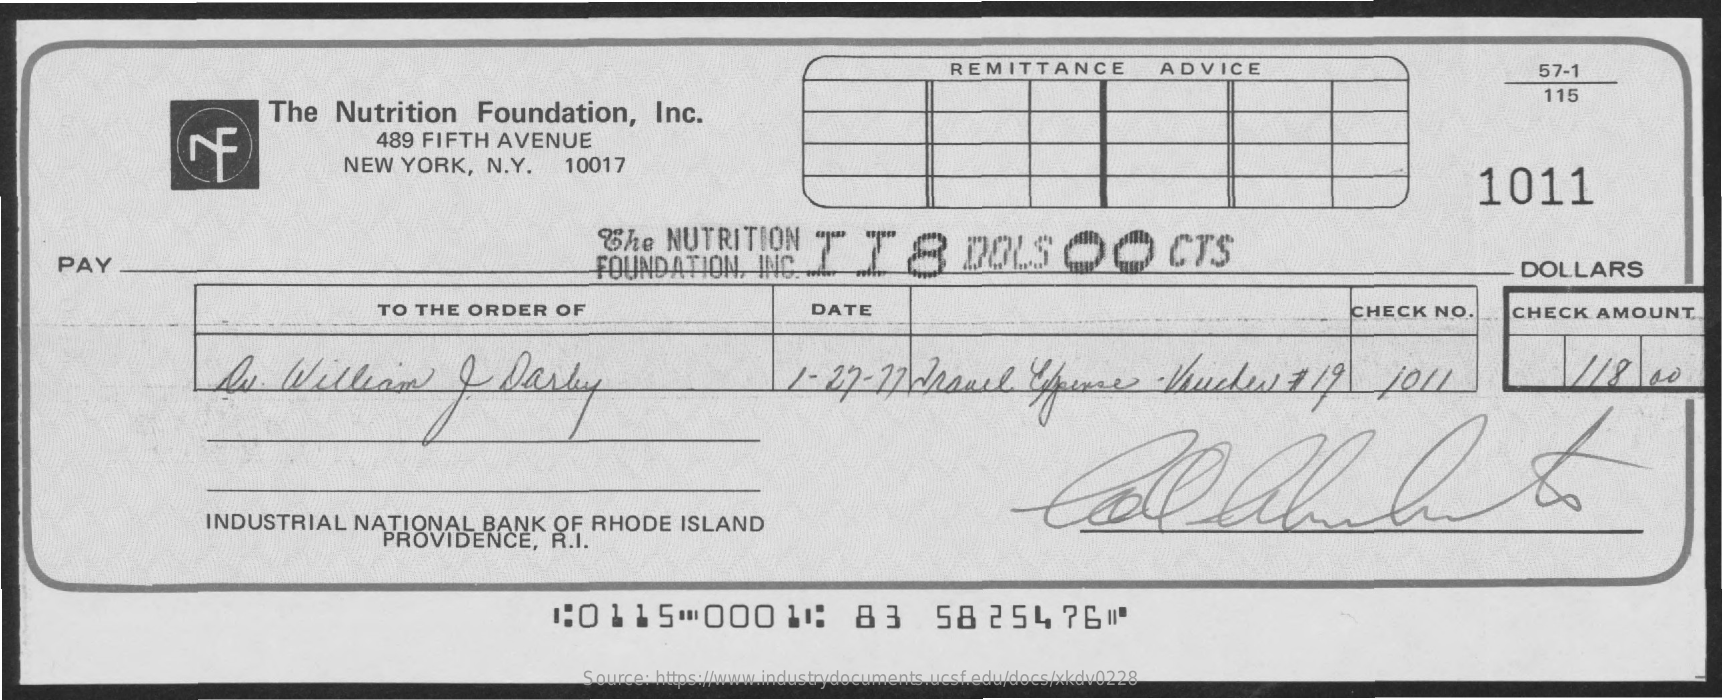
REMITTANCE    ADVICE    57-1
     The   Nutrition    Foundation,    Inc.
     115
     489  FIFTH   AVENUE
     NEW   YORK,    N.Y.    10017
     1011
     The    NUTRITION    II8    000    CTS
     PAY    FOUNDATION,    INC ..    DOLLARS
     TO THE   ORDER    OF    DATE    CHECK    NO.    CHECK    AMOUNT
     As    William    ,    Dasky    12-27-22    ravel    youare    Voucher    1  19    SOLL    1/18    00
     INDUSTRIAL    NATIONAL    BANK    OF  RHODE    ISLAND
     PROVIDENCE,    R.I.
     1:0115    00011:    83    58    254760
     Source: https://www.industrydocuments.ucsf.edu/docs/xkdv0228